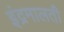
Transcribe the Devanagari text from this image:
इंद्रमालती